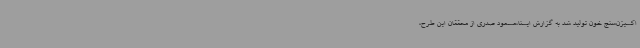
اکسیژن‌سنج خون تولید شد به گزارش ایسنا،مسعود صدری از محققان این طرح،